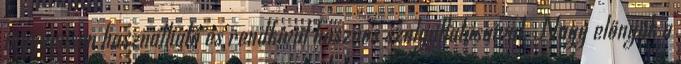
ingyenesen használható és rendkívül hasznos szolgáltatásaival. Nagy előnyük a